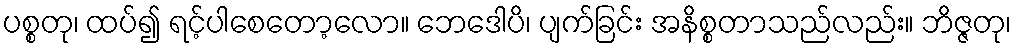
ပစ္စတု၊ ထပ်၍ ရင့်ပါစေတော့လော။ ဘေဒေါပိ၊ ပျက်ခြင်း အနိစ္စတာသည်လည်း။ ဘိဇ္ဇတု၊